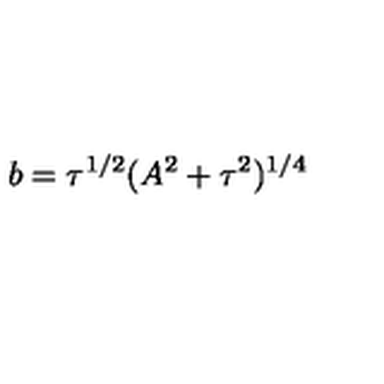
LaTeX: b = \tau ^ { 1 / 2 } ( A ^ { 2 } + \tau ^ { 2 } ) ^ { 1 / 4 }